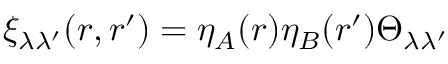
\xi _ { \lambda \lambda ^ { \prime } } ( \boldsymbol { r } , \boldsymbol { r } ^ { \prime } ) = \eta _ { A } ( \boldsymbol { r } ) \eta _ { B } ( \boldsymbol { r } ^ { \prime } ) \Theta _ { \lambda \lambda ^ { \prime } }